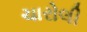
ચારોલી